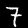
Digit: 7